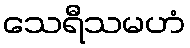
သေရီသမဟံ